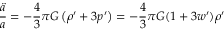
{ \frac { \ddot { a } } { a } } = - { \frac { 4 } { 3 } } \pi G \left( \rho ^ { \prime } + 3 p ^ { \prime } \right) = - { \frac { 4 } { 3 } } \pi G ( 1 + 3 w ^ { \prime } ) \rho ^ { \prime }